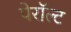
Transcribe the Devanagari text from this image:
पेरॉल्ट